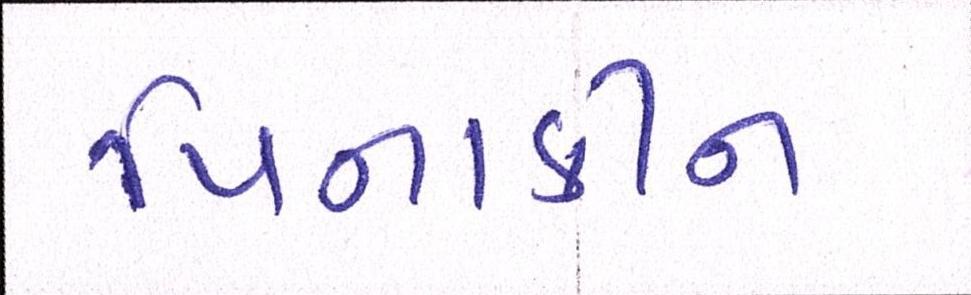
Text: પિનાકીન